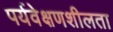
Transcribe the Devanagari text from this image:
पर्यवेक्षणशीलता